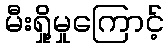
မီးရှို့မှုကြောင့်